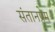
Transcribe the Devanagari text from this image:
संतानप्रेम